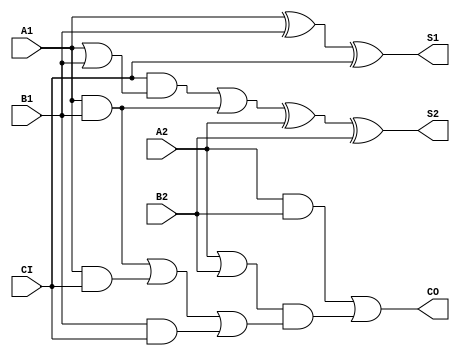
module JFAD2A(A1, A2, B1, B2, CI, S1, S2, CO);
input   A1;
input   A2;
input   B1;
input   B2;
input   CI;
output  S1;
output  S2;
output  CO;
xor g0(S1, A1, B1, CI);
or g1(w6, A1, B1);
and g2(w4, CI, w6);
and g3(w9, A1, B1);
or g4(w3, w4, w9);
xor g5(S2, w3, A2, B2);
and g6(w14, A2, B2);
or g7(w18, A2, B2);
and g8(w22, A1, B1);
and g9(w25, A1, CI);
and g10(w28, B1, CI);
or g11(w21, w22, w25, w28);
and g12(w17, w18, w21);
or g13(CO, w14, w17);
endmodule